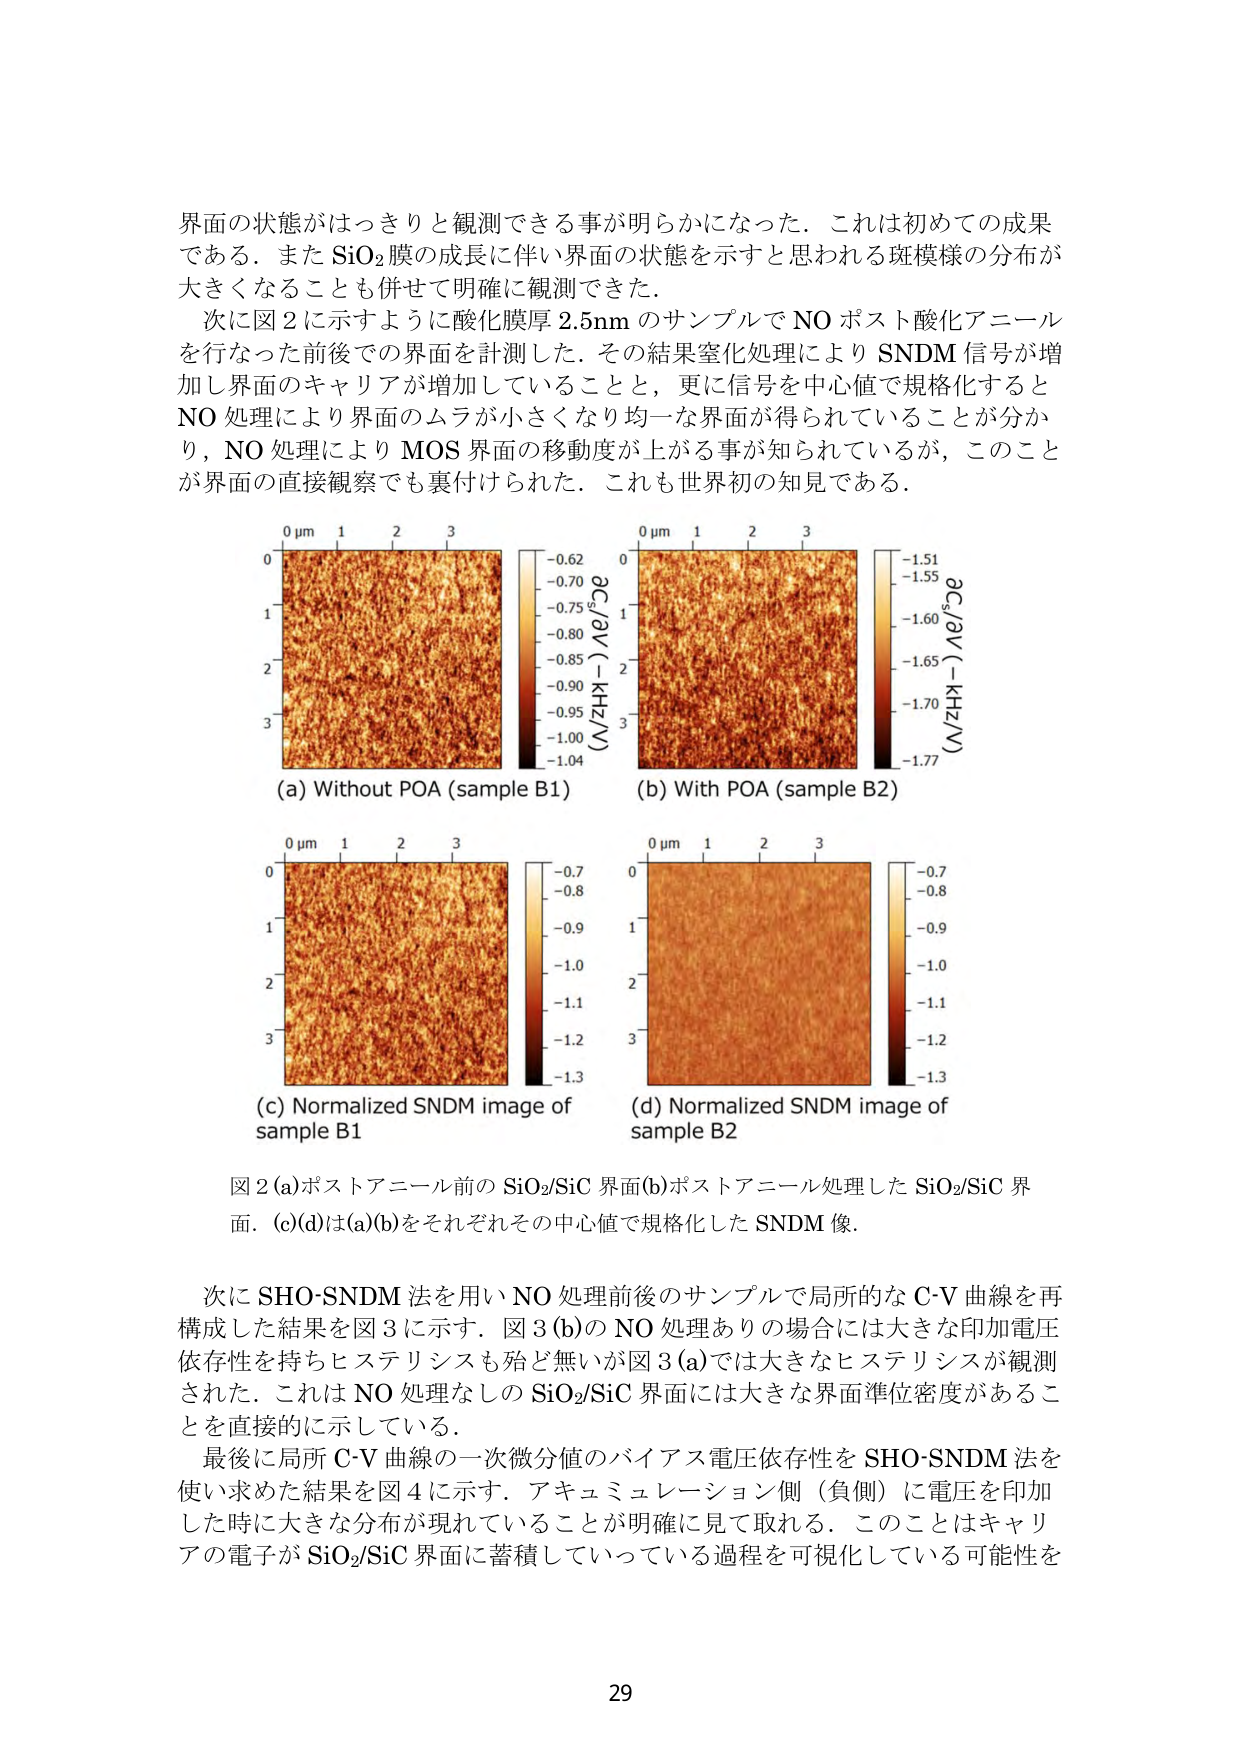
界面の状態がはっきりと観測できる事が明らかになった．これは初めての成果である．また SiO₂ 膜の成長に伴い界面の状態を示すと思われる斑模様の分布が大きくなることも併せて明確に観測できた．

次に図 2 に示すように酸化膜厚 2.5nm のサンプルで NO ポスト酸化アニールを行なった前後の界面を計測した．その結果窒化処理により SNDM 信号が増加し界面のキャリアが増加していることと，更に信号を中心値で規格化すると NO 処理により界面のムラが小さくなり均一な界面が得られていることが分かり，NO 処理により MOS 界面の移動度が上がる事が知られているが，このことが界面の直接観察でも裏付けられた．これも世界初の知見である．

(a) Without POA (sample B1)
(b) With POA (sample B2)
(c) Normalized SNDM image of sample B1
(d) Normalized SNDM image of sample B2

図 2 (a) ポストアニール前の SiO₂/SiC 界面 (b) ポストアニール処理した SiO₂/SiC 界面．(c)(d) は (a)(b) をそれぞれその中心値で規格化した SNDM 像．

次に SHO-SNDM 法を用い NO 処理前後のサンプルで局所的な C-V 曲線を再構成した結果を図 3 に示す．図 3 (b) の NO 処理ありの場合には大きな印加電圧依存性を持ちヒステリシスも殆ど無いが図 3 (a) では大きなヒステリシスが観測された．これは NO 処理なしの SiO₂/SiC 界面には大きな界面準位密度があることを直接的に示している．

最後に局所 C-V 曲線の一次微分値のバイアス電圧依存性を SHO-SNDM 法を使い求めた結果を図 4 に示す．アキュミュレーション側（負側）に電圧を印加した時に大きな分布が現れていることが明確に見て取れる．このことはキャリアの電子が SiO₂/SiC 界面に蓄積していっている過程を可視化している可能性を

29